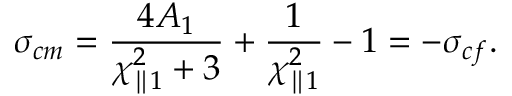
\sigma _ { c m } = \frac { 4 A _ { 1 } } { \chi _ { \parallel 1 } ^ { 2 } + 3 } + \frac { 1 } { \chi _ { \parallel 1 } ^ { 2 } } - 1 = - \sigma _ { c f } .